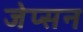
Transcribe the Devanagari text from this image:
जेप्सन